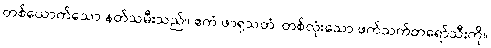
တစ်ယောက်သော နတ်သမီးသည်။ ဧကံ ဖာရုသတံ၊ တစ်လုံးသော ဖက်သက်တရော်သီးကို။